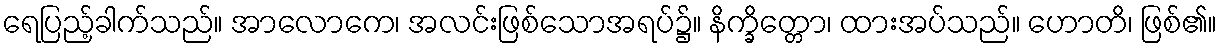
ရေပြည့်ခါက်သည်။ အာလောကေ၊ အလင်းဖြစ်သောအရပ်၌။ နိက္ခိတ္တော၊ ထားအပ်သည်။ ဟောတိ၊ ဖြစ်၏။